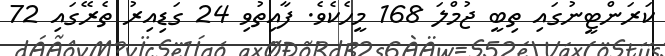
ކަރަންޓީނުގައި ތިބީ ޖުމްލަ 168 މީހެކެވެ. ފާއިތުވި 24 ގަޑިއިރު ތެރޭގައި 72